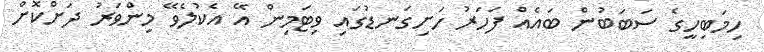
ހިމަބިހީގެ ސަބަބުން ބައެއް ފަހަރު ހަށިގަނޑުގައި ވިޓަމިން އޭ އެކުލެވޭ މިންވަރު ދަށްކޮށް